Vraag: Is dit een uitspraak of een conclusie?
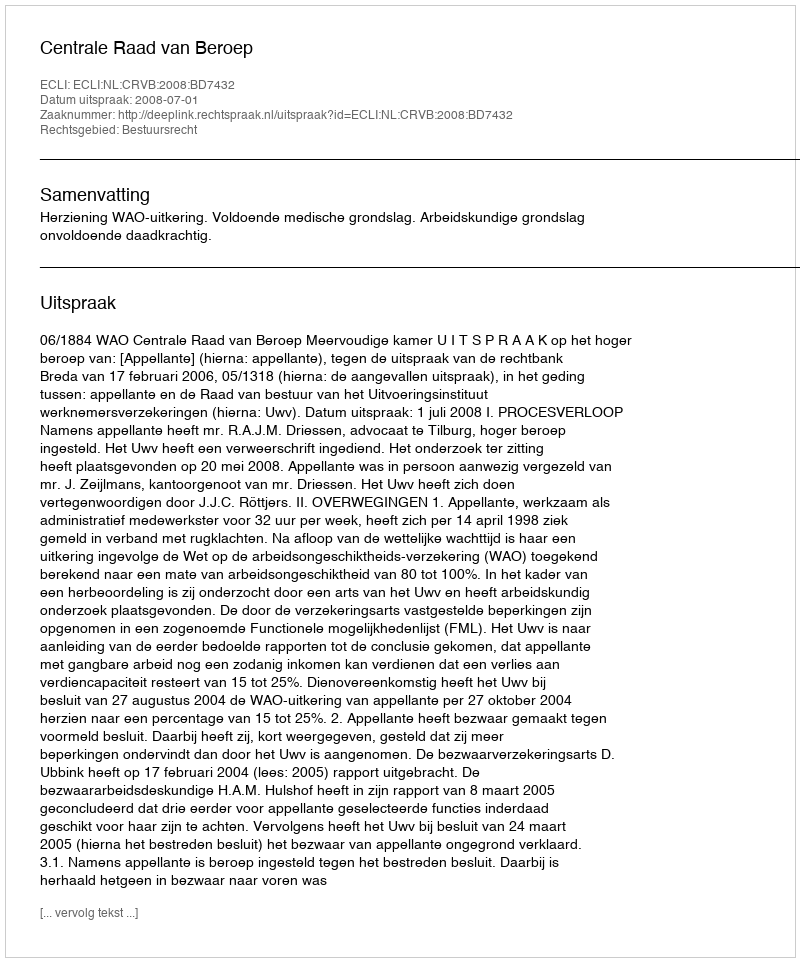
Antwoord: Uitspraak